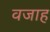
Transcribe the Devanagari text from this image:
वजाह